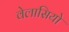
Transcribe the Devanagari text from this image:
वेलासियो